Materia medica of Madras volume I
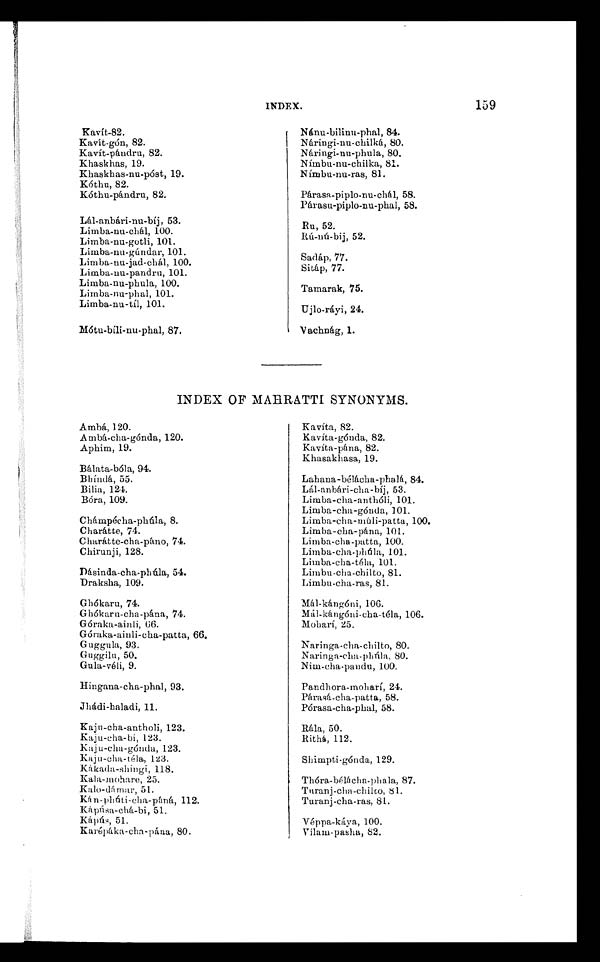
INDEX.
159
Kavít-82.
Kavít-gón, 82.
Kavít-pándru, 82.
Khaskhas, 19.
Khaskhas-nu-póst, 19.
Kóthu, 82.
Kóthu-pándru, 82.
Lál-anbári-nu-bíj, 53.
Limba-nu-chál, 100.
Limba-nu-gotli, 101.
Limba-nu-gúndar, 101.
Limba-nu-jad-chál, 100.
Limba-nu-pandru, 101.
Limba-nu-phula, 100.
Limba-nu-phal, 101.
Limba-nu-tíl, 101.
Mótu-bíli-nu-phal, 87.
Nánu-bilinu-phal, 84.
Náringi-nu-chilká, 80.
Náringi-nu-phula, 80.
Nímbu-nu-chilka, 81.
Nímbu-nu-ras, 81.
Párasa-piplo-nu-chál, 58.
Párasu-piplo-nu-phal, 58.
Ru, 52.
Rú-nú-bij, 52.
Sadáp, 77.
Sitáp, 77.
Tamarak, 75.
Ujlo-ráyi, 24.
Vachnág, 1.
INDEX OF MAHRATTI SYNONYMS.
Ambá, 120.
Ambá-cha-gónda, 120.
Aphim, 19.
Bálata-bóla, 94.
Bhíndá, 55.
Bilia, 124.
Bóra, 109.
Chámpécha-phúla, 8.
Charátte, 74.
Charátte-cha-páno, 74.
Chirunji, 128.
Dásinda-cha-phúla, 54.
Draksha, 109.
Ghókaru, 74.
Ghókaru-cha-pána, 74.
Góraka-ainli, 66.
Góraka-ainli-cha-patta, 66.
Guggula, 93.
Guggilu, 50.
Gula-véli, 9.
Hingana-cha-phal, 93.
Jhádi-haladi, 11.
Kaju-cha-antholi, 123.
Kaju-cha-bi, 123.
Kaju-cha-gónda, 123.
Kaju-cha-téla, 123.
Kákada-shingi, 118.
Kala-mohare, 25.
Kalo-dámar, 51.
Kán-phúti-cha-páná, 112.
Kápúsa-chá-bi, 51.
Kápús, 51.
Karépáka-cha-pána, 80.
Kavíta, 82.
Kavíta-gónda, 82.
Kavíta-pána, 82.
Khasakhasa, 19.
Lahana-bélácha-phalá, 84.
Lál-anbári-cha-bíj, 53.
Limba-cha-anthóli, 101.
Limba-cha-gónda, 101.
Limba-cha-múli-patta, 100.
Limba-cha-pána, 101.
Limba-cha-patta, 100.
Limba-cha-phúla, 101.
Limba-cha-téla, 101.
Limbu-cha-chilto, 81.
Limbu-cha-ras, 81.
Mál-kángóni, 106.
Mál-kángóni-cha-téla, 106.
Moharí, 25.
Naringa-cha-chilto, 80.
Naringa-cha-phúla, 80.
Nim-cha-pandu, 100.
Pandhora-moharí, 24.
Párasá-cha-patta, 58.
Pórasa-cha-phal, 58.
Rála , 50.
Rithá, 112.
Shimpti-gónda, 129.
Thóra-bélácha-phala, 87.
T u r a n j - c h a - c h i l t o , 8 1 .
Turanj-cha-ras, 81.
Véppa-káya, 100.
Vilam-pasha, 82.